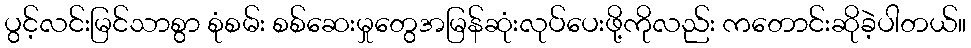
ပွင့်လင်းမြင်သာစွာ စုံစမ်း စစ်ဆေးမှုတွေအမြန်ဆုံးလုပ်ပေးဖို့ကိုလည်း ကတောင်းဆိုခဲ့ပါတယ်။